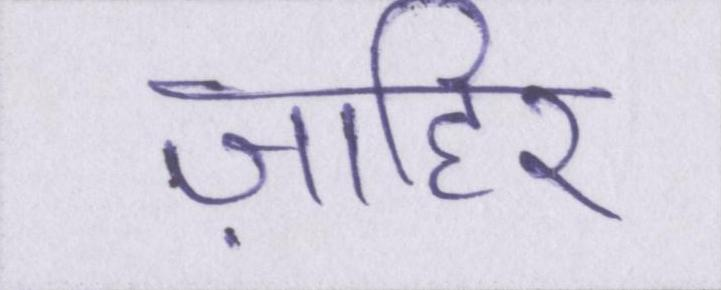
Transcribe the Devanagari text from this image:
ज़ाहिर